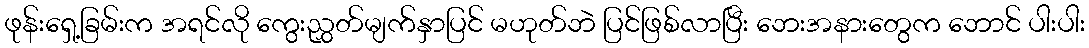
ဖုန်းရှေ့ခြမ်းက အရင်လို ကွေးညွှတ်မျက်နှာပြင် မဟုတ်ဘဲ ပြင်ဖြစ်လာပြီး ဘေးအနားတွေက ဘောင် ပါးပါး